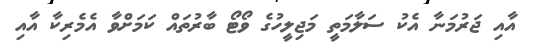
އާއި ޖަރުމަނާ އެކު ސަލާމަތީ މަޖިލީހުގެ ވޯޓޯ ބާރުތައް ކަމަށްވާ އެމެރިކާ އާއި